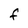
Character: F